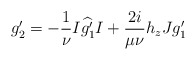
\begin{align*}g'_2=-\frac{1}{\nu}I\widehat{g_1'}I+\frac{2i}{\mu\nu}h_zJg_1'\end{align*}